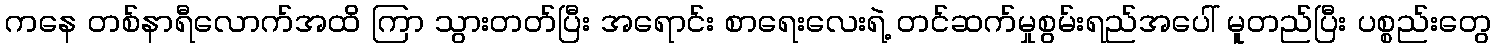
ကနေ တစ်နာရီလောက်အထိ ကြာ သွားတတ်ပြီး အရောင်း စာရေးလေးရဲ့ တင်ဆက်မှုစွမ်းရည်အပေါ် မူတည်ပြီး ပစ္စည်းတွေ